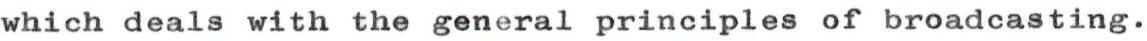
which deals with the general principles of broadcasting.